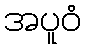
အပူဝံ